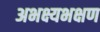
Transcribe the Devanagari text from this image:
अभक्ष्यभक्षण